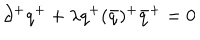
LaTeX: \partial ^ { + } q ^ { + } + \lambda { q ^ { + } ( \bar { q } ) ^ { + } } { \bar { q } } ^ { + } = 0